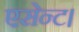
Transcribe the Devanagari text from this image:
एसेन्ट।